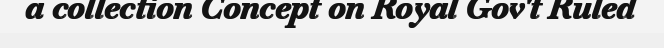
a collection Concept on Royal Gov't Ruled